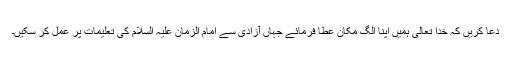
دعا کریں کہ خدا تعالیٰ ہمیں اپنا الگ مکان عطا فرمائے جہاں آزادی سے امام الزمان علیہ السلام کی تعلیمات پر عمل کر سکیں۔